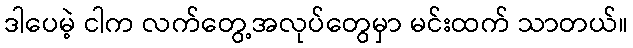
ဒါပေမဲ့ ငါက လက်တွေ့အလုပ်တွေမှာ မင်းထက် သာတယ်။